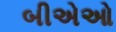
બીએઓ